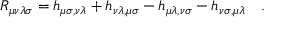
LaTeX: R _ { \mu \nu \lambda \sigma } = h _ { \mu \sigma , \nu \lambda } + h _ { \nu \lambda , \mu \sigma } - h _ { \mu \lambda , \nu \sigma } - h _ { \nu \sigma , \mu \lambda } \quad .